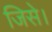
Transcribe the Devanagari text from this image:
जिसे।